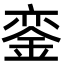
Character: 銮